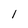
Character: 1